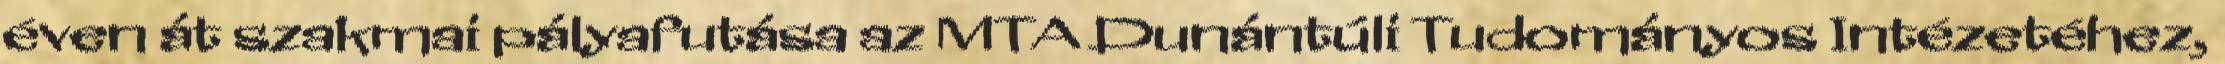
éven át szakmai pályafutása az MTA Dunántúli Tudományos Intézetéhez,